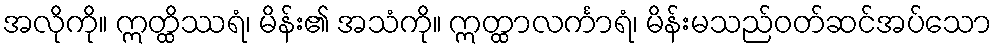
အလိုကို။ ဣတ္ထိဿရံ၊ မိန်း၏ အသံကို။ ဣတ္ထာလင်္ကာရံ၊ မိန်းမသည်ဝတ်ဆင်အပ်သော